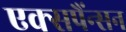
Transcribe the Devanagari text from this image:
एक्सपैंन्सन